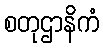
စတုဌာနိကံ